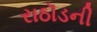
રાઠૉડની